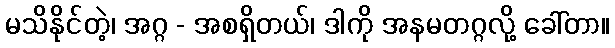
မသိနိုင်တဲ့၊ အဂ္ဂ - အစရှိတယ်၊ ဒါကို အနမတဂ္ဂလို့ ခေါ်တာ။